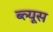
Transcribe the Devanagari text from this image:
ब्ल्यूस